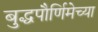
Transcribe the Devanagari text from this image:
बुद्धपौर्णिमेच्या